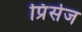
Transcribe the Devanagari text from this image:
प्रिंसेज